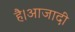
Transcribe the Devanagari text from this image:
है।आजादी